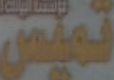
تميس